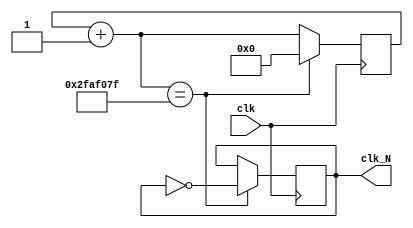
`timescale 1ns / 1ps
//////////////////////////////////////////////////////////////////////////////////
// Company: 
// Engineer: 
// 
// Design Name: 
// Module Name: divider
// Project Name: 
// Target Devices: 
// Tool Versions: 
// Description: 
// 
// Dependencies: 
// 
// Revision:
// Revision 0.01 - File Created
// Additional Comments:
// 
//////////////////////////////////////////////////////////////////////////////////




module divider(clk, clk_N);
    input clk;                      // ????
    output reg clk_N;                   // ??????
    parameter N = 100_000_000;      // 1Hz???,N=fclk/fclk_N
    reg [31:0] counter;             /* ???????????????
                                   ?????0???(N/2-1)??
                                   ???????????? */
    always @(posedge clk) 
    begin    // ?????
        counter = counter + 1;
        if(counter == N/2-1)
            begin
                clk_N = ~clk_N;
                counter = 0;
            end
    end 
endmodule